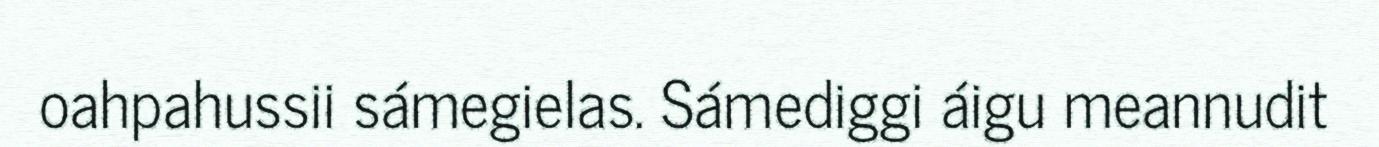
oahpahussii sámegielas. Sámediggi áigu meannudit